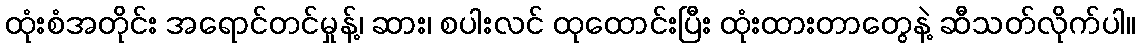
ထုံးစံအတိုင်း အရောင်တင်မှုန့်၊ ဆား၊ စပါးလင် ထုထောင်းပြီး ထုံးထားတာတွေနဲ့ ဆီသတ်လိုက်ပါ။